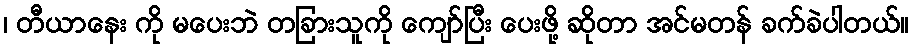
၊ တီယာနေး ကို မပေးဘဲ တခြားသူကို ကျော်ပြီး ပေးဖို့ ဆိုတာ အင်မတန် ခက်ခဲပါတယ်။